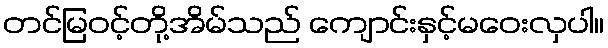
တင်မြဝင့်တို့အိမ်သည် ကျောင်းနှင့်မဝေးလှပါ။